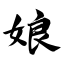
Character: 娘